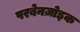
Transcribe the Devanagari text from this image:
परबेनज़ोइक